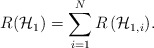
\begin{align*}{R}(\mathcal{H}_{1})=\sum _{ i = 1 }^{ N }{ R\left( { \mathcal{H} }_{ 1, i } \right) }.\end{align*}